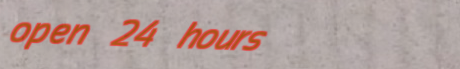
open 24 hours